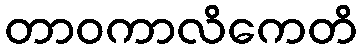
တာဝကာလိကေတိ